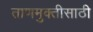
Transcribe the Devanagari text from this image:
ताणमुक्तीसाठी